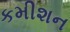
કમીશન